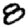
Digit: 8